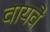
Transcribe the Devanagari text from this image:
वायवे